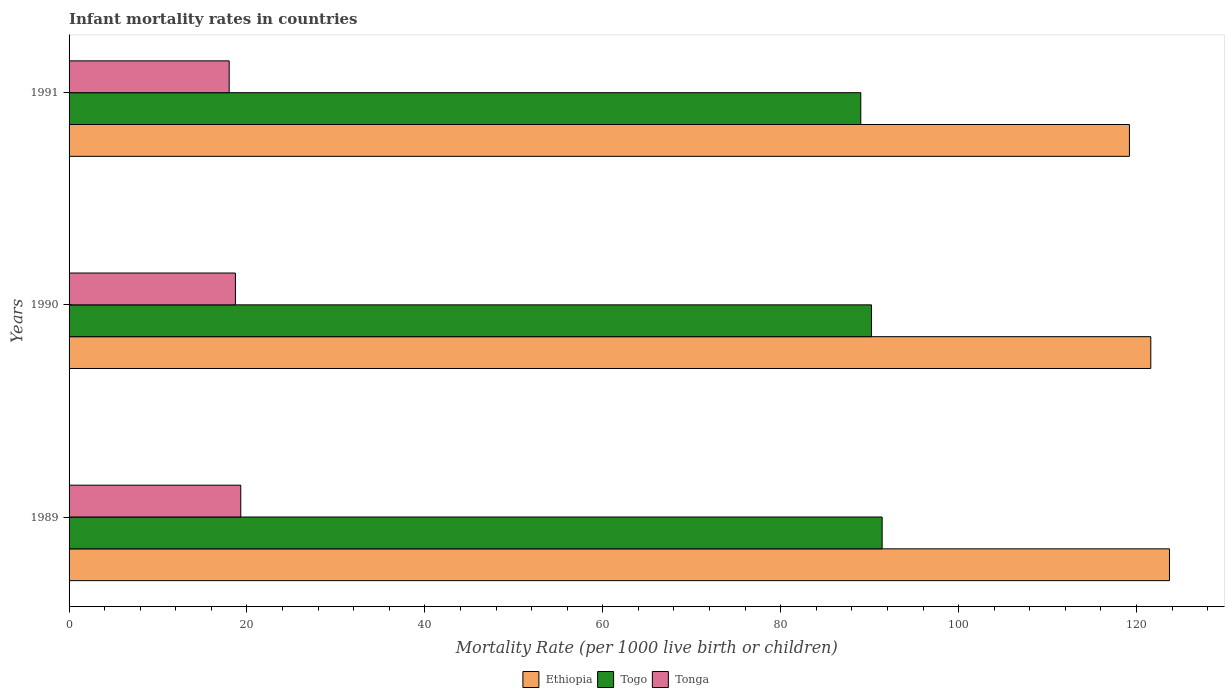
| Years | Ethiopia | Togo | Tonga |
 | --- | --- | --- | --- |
 | 1989 | 124 | 91.4 | 19.3 |
 | 1990 | 122 | 90.2 | 18.7 |
 | 1991 | 119 | 89 | 18 |